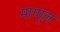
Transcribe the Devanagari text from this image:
माग्गूल